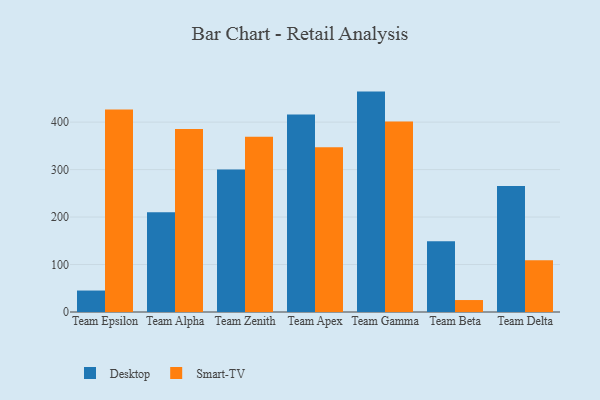
{"axis": {"x": "Team", "y": "Tickets Resolved"}, "legend": ["Desktop", "Smart-TV"], "data": [{"x": "Team Epsilon", "y": 45.2, "type": "Desktop"}, {"x": "Team Epsilon", "y": 426.7, "type": "Smart-TV"}, {"x": "Team Alpha", "y": 210.1, "type": "Desktop"}, {"x": "Team Alpha", "y": 385.6, "type": "Smart-TV"}, {"x": "Team Zenith", "y": 300.3, "type": "Desktop"}, {"x": "Team Zenith", "y": 369.2, "type": "Smart-TV"}, {"x": "Team Apex", "y": 416.0, "type": "Desktop"}, {"x": "Team Apex", "y": 347.3, "type": "Smart-TV"}, {"x": "Team Gamma", "y": 464.3, "type": "Desktop"}, {"x": "Team Gamma", "y": 401.3, "type": "Smart-TV"}, {"x": "Team Beta", "y": 149.0, "type": "Desktop"}, {"x": "Team Beta", "y": 25.2, "type": "Smart-TV"}, {"x": "Team Delta", "y": 265.2, "type": "Desktop"}, {"x": "Team Delta", "y": 109.0, "type": "Smart-TV"}]}